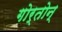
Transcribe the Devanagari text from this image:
गोर्तोन्